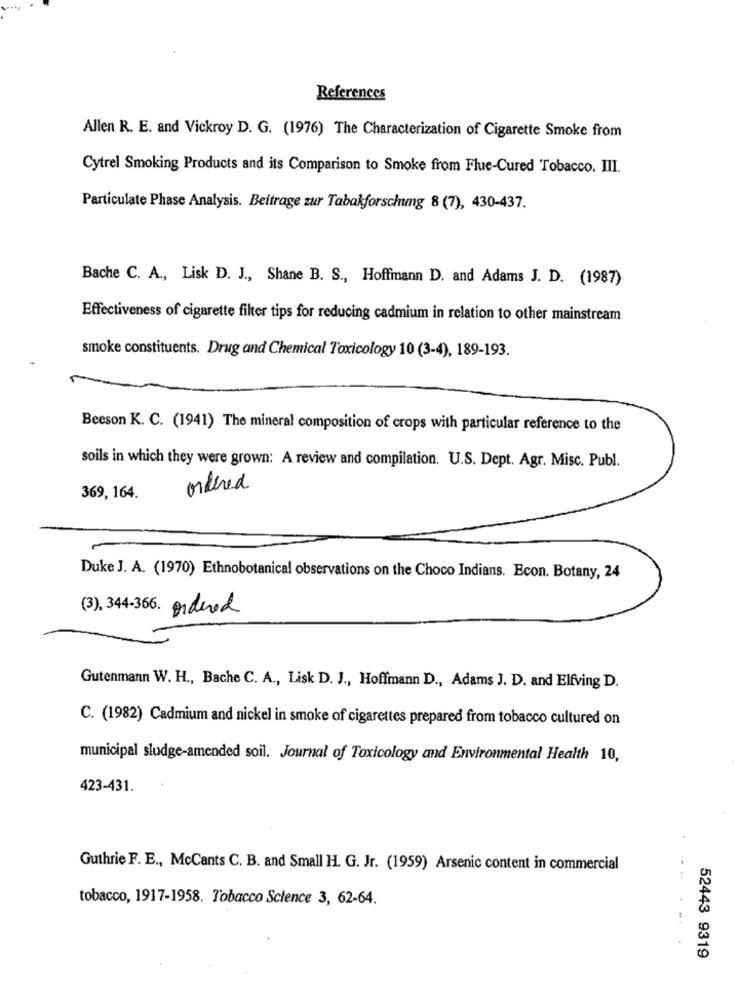
References
Allen R. E. and Vickroy D. G. (1976) The Characterization of Cigarette Smoke from
Cytrel Smoking Products and its Comparison to Smoke from Flue-Cured Tobacco. III.
Particulate Phase Analysis. Beitrage zur Tabakforschung 8 (7), 430-437.
Bache C. A ., Lisk D. J ., Shane B. S ., Hoffmann D. and Adams J. D. (1987)
Effectiveness of cigarette filter tips for reducing cadmium in relation to other mainstream
smoke constituents. Drug and Chemical Toxicology 10 (3-4), 189-193.
Beeson K. C. (1941) The mineral composition of crops with particular reference to the
soils in which they were grown: A review and compilation. U.S. Dept. Agr. Misc. Publ.
ordered
369, 164.
Duke J. A. (1970) Ethnobotanical observations on the Choco Indians. Econ. Botany, 24
(3), 344-366. ordered
Gutenmann W. H ., Bache C. A ., Lisk D. J ., Hoffmann D ., Adams J. D. and Elfving D.
C. (1982) Cadmium and nickel in smoke of cigarettes prepared from tobacco cultured on
municipal sludge-amended soil. Journal of Toxicology and Environmental Health 10,
423-431.
Guthrie F. E ., McCants C. B. and Small H. G. Jr. (1959) Arsenic content in commercial
...
tobacco, 1917-1958. Tobacco Science 3, 62-64.
52443 9319